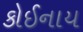
કોઈનાય